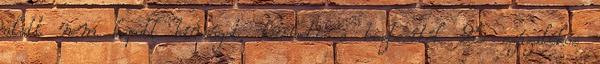
alatt nem kapott bírságot, kérheti a biztosíték 25 százalékos